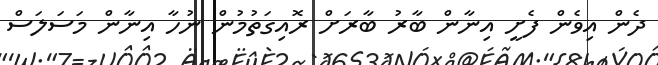
ދެން އިވެން ފެށީ އިނާން ބާރު ބާރަށް ރޮއިގަތުމުން ނުހާ އިނާން މަސަލަސް